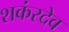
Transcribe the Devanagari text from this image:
शकंरदेव